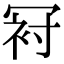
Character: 𠖌